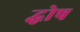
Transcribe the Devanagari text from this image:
द्घोष